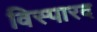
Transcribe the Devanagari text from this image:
विस्पारद